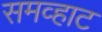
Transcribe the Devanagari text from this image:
समव्हाट